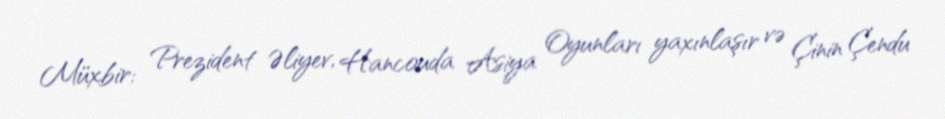
Müxbir: Prezident Əliyev, Hancouda Asiya Oyunları yaxınlaşır və Çinin Çendu